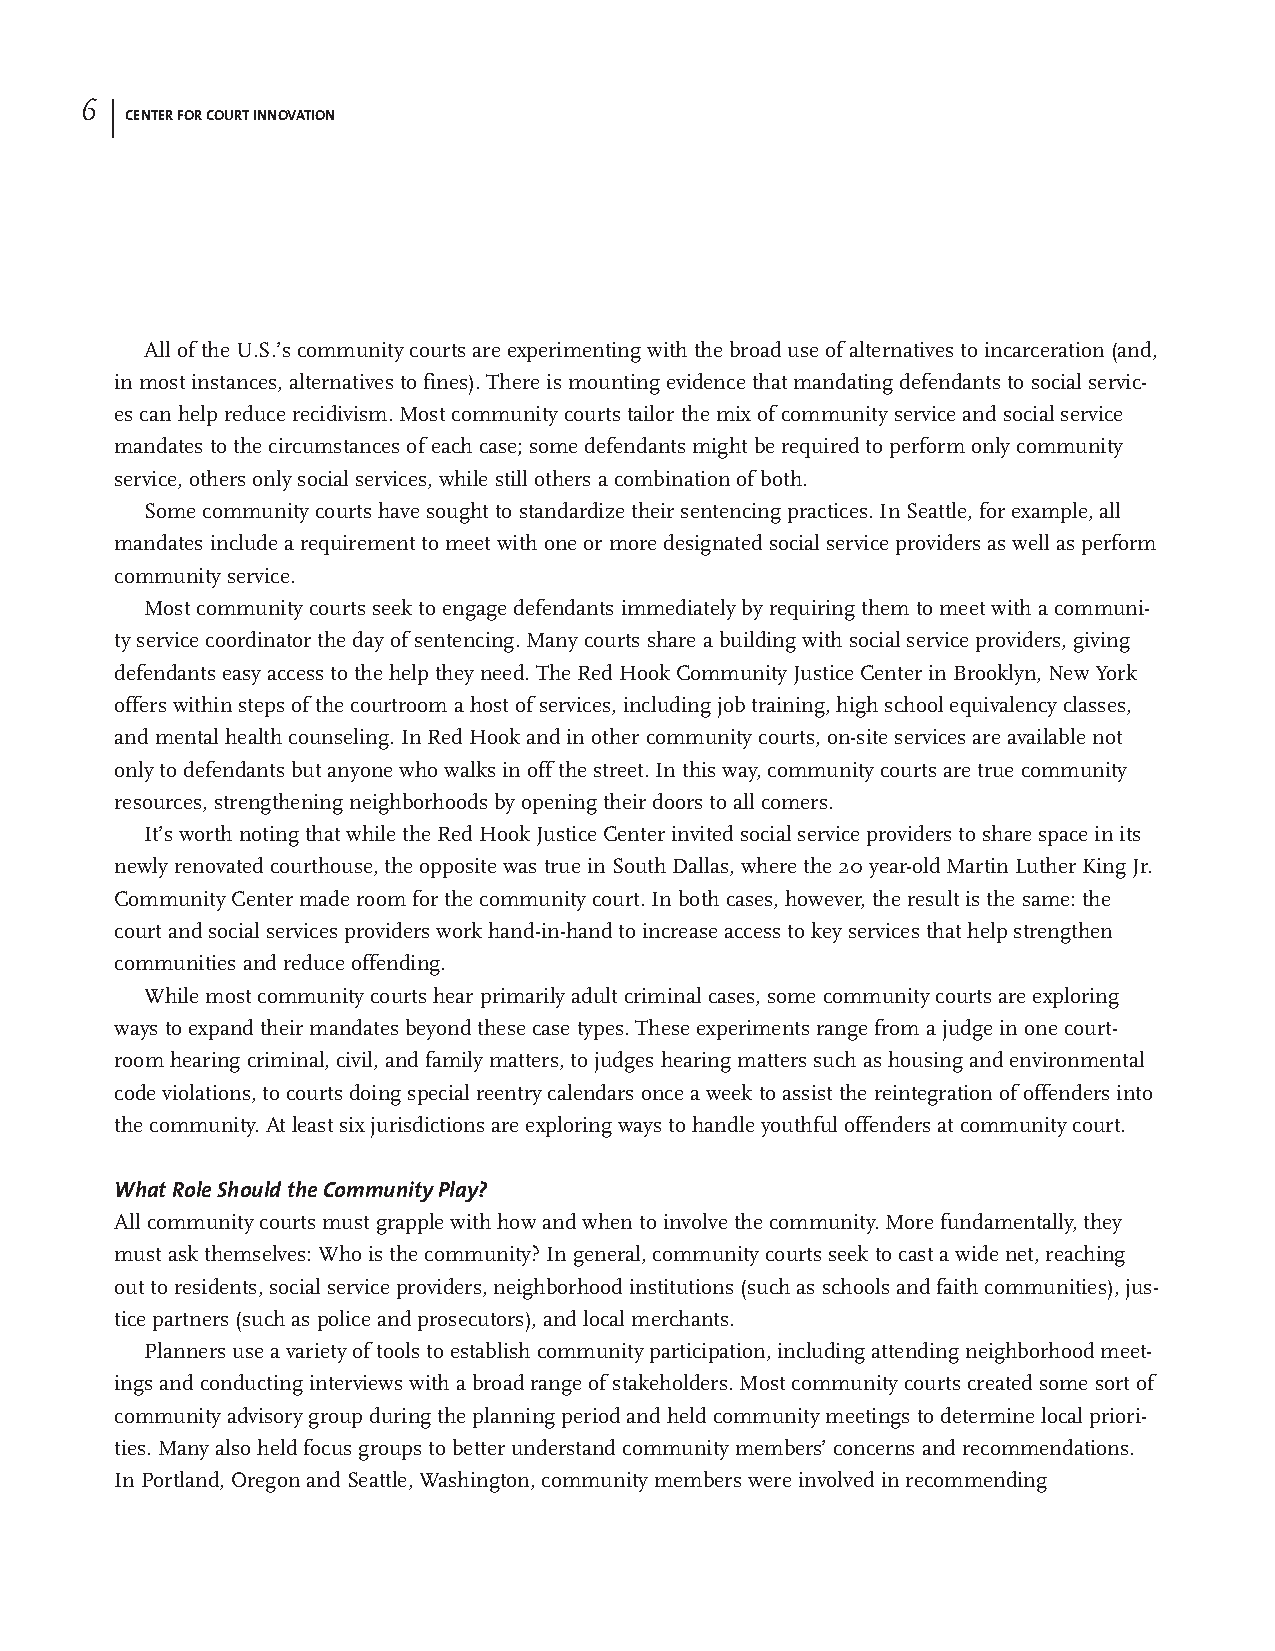
6 |
 CENTER FOR COURT INNOVATION
 All of the U.S.’s community courts are experimenting with the broad use of alternatives to incarceration (and,
 in most instances, alternatives to fines). There is mounting evidence that mandating defendants to social servic-
 es can help reduce recidivism. Most community courts tailor the mix of community service and social service
 mandates to the circumstances of each case; some defendants might be required to perform only community
 service, others only social services, while still others a combination of both.
 Some community courts have sought to standardize their sentencing practices. In Seattle, for example, all
 mandates include a requirement to meet with one or more designated social service providers as well as perform
 community service.
 Most community courts seek to engage defendants immediately by requiring them to meet with a communi-
 ty service coordinator the day of sentencing. Many courts share a building with social service providers, giving
 defendants easy access to the help they need. The Red Hook Community Justice Center in Brooklyn, New York
 offers within steps of the courtroom a host of services, including job training, high school equivalency classes,
 and mental health counseling. In Red Hook and in other community courts, on-site services are available not
 only to defendants but anyone who walks in off the street. In this way, community courts are true community
 resources, strengthening neighborhoods by opening their doors to all comers.
 It’s worth noting that while the Red Hook Justice Center invited social service providers to share space in its
 newly renovated courthouse, the opposite was true in South Dallas, where the 20 year-old Martin Luther King Jr.
 Community Center made room for the community court. In both cases, however, the result is the same: the
 court and social services providers work hand-in-hand to increase access to key services that help strengthen
 communities and reduce offending.
 While most community courts hear primarily adult criminal cases, some community courts are exploring
 ways to expand their mandates beyond these case types. These experiments range from a judge in one court-
 room hearing criminal, civil, and family matters, to judges hearing matters such as housing and environmental
 code violations, to courts doing special reentry calendars once a week to assist the reintegration of offenders into
 the community. At least six jurisdictions are exploring ways to handle youthful offenders at community court.
 What Role Should the Community Play?
 All community courts must grapple with how and when to involve the community. More fundamentally, they
 must ask themselves: Who is the community? In general, community courts seek to cast a wide net, reaching
 out to residents, social service providers, neighborhood institutions (such as schools and faith communities), jus-
 tice partners (such as police and prosecutors), and local merchants.
 Planners use a variety of tools to establish community participation, including attending neighborhood meet-
 ings and conducting interviews with a broad range of stakeholders. Most community courts created some sort of
 community advisory group during the planning period and held community meetings to determine local priori-
 ties. Many also held focus groups to better understand community members’ concerns and recommendations.
 In Portland, Oregon and Seattle, Washington, community members were involved in recommending